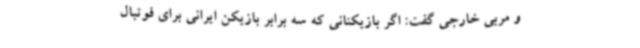
و مربی خارجی گفت: اگر بازیکنانی که سه برابر بازیکن ایرانی برای فوتبال